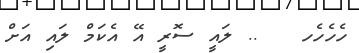
ހެހެހެހ   .. ލައީ ސޮރީ އޭ އެކަމް ލައި އަށް